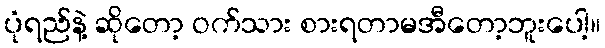
ပုံရည်နဲ့ ဆိုတော့ ဝက်သား စားရတာမအီတော့ဘူးပေါ့။